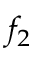
f _ { 2 }